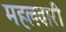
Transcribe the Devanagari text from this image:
महलवारी